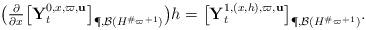
LaTeX: \begin{align*} \big( \tfrac{\partial}{ \partial x } \big[ \mathbf{Y}^{0,x,\varpi,\mathbf{u}}_t \big]_{ \P, \mathcal{B}(H^{\#_\varpi+1}) } \big) h = \big[ \mathbf{Y}^{1,(x,h),\varpi,\mathbf{u}}_t \big]_{ \P, \mathcal{B}(H^{\#_\varpi+1}) } .\end{align*}